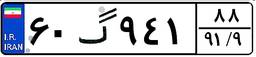
۶۰گ۹۴۱۸۸